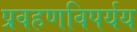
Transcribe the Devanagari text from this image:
प्रवहणविपर्यय